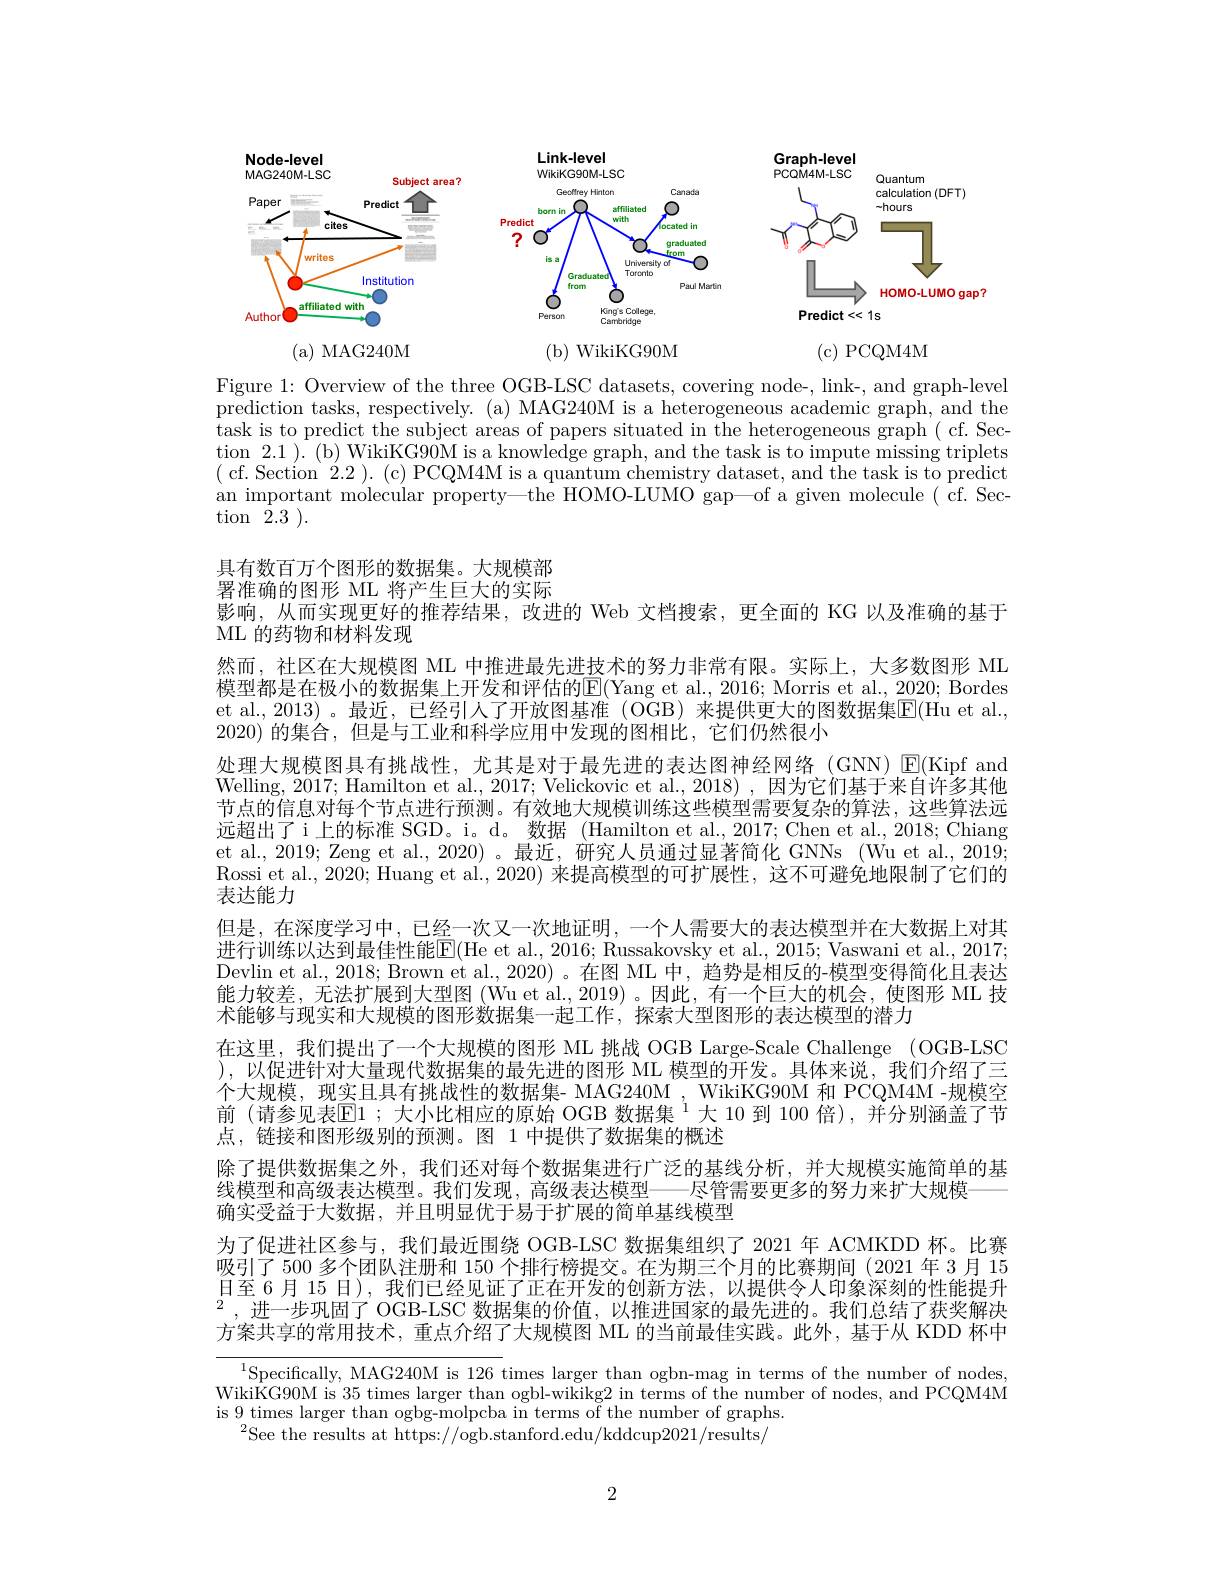
<FigureHere>

( a) MAG240M

( b) WikiKG90M

(c) PCQM4M

Figure 1: Overview of the three OGB-LSC datasets, covering node-, link-, and graph-level prediction tasks, respectively. (a) MAG240M is a heterogeneous academic graph, and the $\bar{\text{task is to predict the subject areas of papers situated in the heterogeneous graph ( cf. Sec-s predice s and the heterogeneous graph ( cf. Sec-s pres tres an tes s an tres s a tres s a t s a t s a t s a t s a t s a t s a t s a t s a t s a t s a t s a}}$ tion 2.1 ). (b) WikiKG90M is a knowledge graph, and the task is to impute missing triplets ( cf. Section 2.2). (c) PCQM4M is a quantum chemistry dataset, and the task is to predict an important molecular property—the HOMO-LUMO gap—of a given molecule ( cf. Section 2.3 ).

具有数百万个图形的数据集。大规模部署准确的图形 ML 将产生巨大的实际

影响，从而实现更好的推荐结果，改进的 Web 文档搜索，更全面的 KG 以及准确的基于
ML 的药物和材料发现

然而，社区在大规模图 ML 中推进最先进技术的努力非常有限。实际上，大多数图形 ML 模型都是在极小的数据集上开发和评估的E(Yang et al., 2016; Morris et al., 2020; Bordes et al., 2013)。最近，已经引人了开放图基准 (OGB) 来提供更大的图数据集$\overline{\mathrm{E}}($Hu et al., 2020) 的集合，但是与工业和科学应用中发现的图相比，它们仍然很小
处理大规模图具有挑战性，尤其是对于最先进的表达图神经网络(GNN)$\color{red}{\operatorname*{E}}(\mathrm{Kipf~and}$ Welling, 2017; Hamilton et al., 2017; Velickovic et al., 2018) , 因为它们基于来自许多其他节点的信息对每个节点进行预测。有效地大规模训练这些模型需要复杂的算法，这些算法远远超出了i上的标准 SGD。i。d。数据 (Hamilton et al.,2017; Chen et al.,2018; Chiang et al., 2019; Zeng et al., 2020) 。最近，研究人员通过显著简化 GNNs (Wu et al., 2019; Rossi et al., 2020; Huang et al., 2020) 来提高模型的可扩展性，这不可避免地限制了它们的表达能力
但是，在深度学习中，已经一次又一次地证明，一个人需要大的表达模型并在大数据上对其进行训练以达到最佳性能$\boxed{\mathrm{E}}($He et al., 2016; Russakovsky et al., 2015; Vaswani et al., 2017; Devlin et al., 2018; Brown et al., 2020) 。在图 ML 中，趋势是相反的-模型变得简化且表达能力较差，无法扩展到大型图(Wu et al., 2019)。因此，有一个巨大的机会，使图形 ML 技术能够与现实和大规模的图形数据集一起工作，探索大型图形的表达模型的潜力
在这里，我们提出了一个大规模的图形 ML 挑战 OGB Large-Scale Challenge (OGB-LSC ),以促进针对大量现代数据集的最先进的图形 ML 模型的开发。具体来说，我们介绍了三个大规模，现实且具有挑战性的数据集- MAG240M , WikiKG90M 和 PCQM4M -规模空前 (请参见表$\mathbb{E}1$ ;大小比相应的原始 OGB 数据集$^1$大 10 到 100 倍),并分别涵盖了节点，链接和图形级别的预测。图 1 中提供了数据集的概述
除了提供数据集之外，我们还对每个数据集进行广泛的基线分析，并大规模实施简单的基
线模型和高级表达模型。我们发现，高级表达模型——尽管需要更多的努力来扩大规模
确实受益于大数据，并且明显优于易于扩展的简单基线模型
为了促进社区参与，我们最近围绕 OGB-LSC 数据集组织了 2021 年 ACMKDD 杯。比赛吸引了 500 多个团队注册和 150 个排行榜提交。在为期三个月的比赛期间(2021 年 3 月 15日至 6 月 15 日), 我们已经见证了正在开发的创新方法，以提供令人印象深刻的性能提升$^2$,进一步巩固了 OGB-LSC 数据集的价值，以推进国家的最先进的。我们总结了获奖解决方案共享的常用技术，重点介绍了大规模图 ML 的当前最佳实践。此外，基于从 KDD 杯中
$^{1}$Specifically, MAG240M is 126 times larger than ogbn-mag in terms of the number of nodes,

WikiKG90M is 35 times larger than ogbl-wikikg2 in terms of the number of nodes, and PCQM4M
is 9 times larger than ogbg-molpcba in terms of the number of graphs.
$^{2}$See the results at https://ogb.stanford.edu/kddcup2021/results/

2